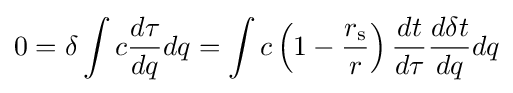
0=\delta \int {c{\frac {d\tau }{dq}}dq}=\int {c\left(1-{\frac {r_{\text{s}}}{r}}\right){\frac {dt}{d\tau }}{\frac {d\delta t}{dq}}dq}